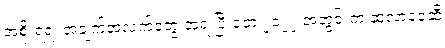
အစိုးရရဲ့ အချက်အလက်တွေ အရ ပြီးခဲ့တဲ့ ၂၀၂၂ အတွင်းက ဆူလာဝေဆီ